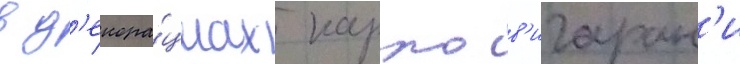
в д'екора́циах карло в'игаран'и